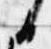
日